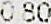
0.80